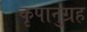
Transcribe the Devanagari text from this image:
कृपानुग्रह